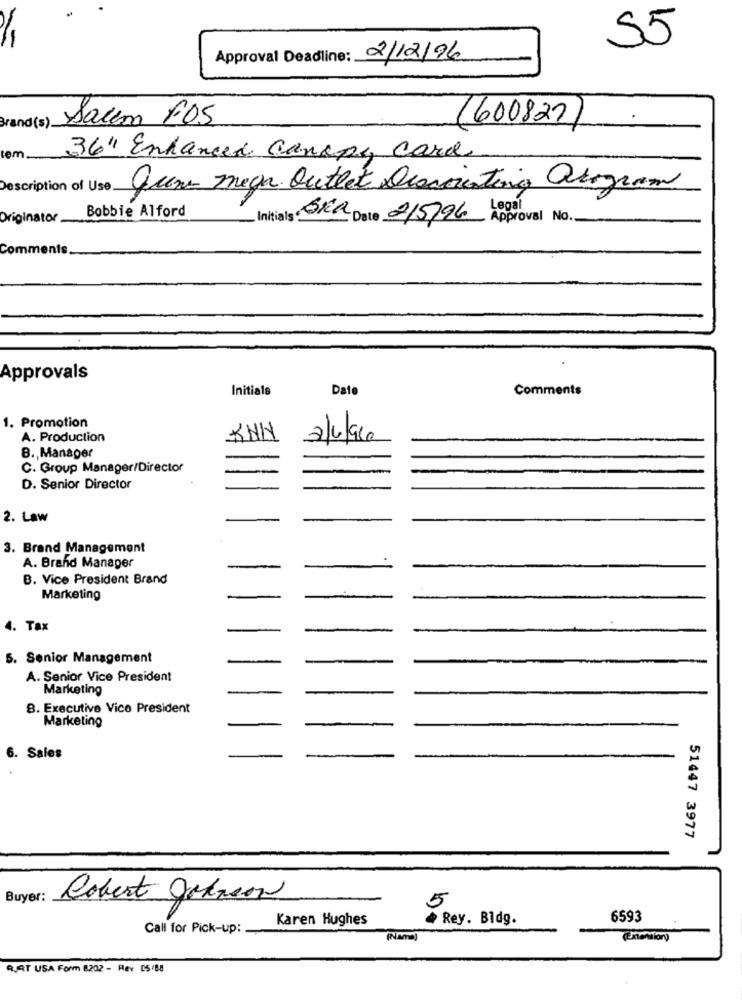
55
-
Approval Deadline: 2/12/96
Brand(s).
Salem FOS
(600827)
tem.
36" Enhanced Canapy Card
Description of Use.
queme mega Outlet Discristing arogram
Bobbie Alford
Originator
Initials : Ora Date 215/96 Approval No.
Comments.
Approvals
Initials
Date
Comments
1. Promotion
A. Production
KNN
2/6/960
B. Manager
C. Group Manager/Director
-
D. Senior Director
2. Law
3. Brand Management
A. Brand Manager
B. Vice President Brand
Marketing
4. Tax
5. Senior Management
A. Senior Vice President
Marketing
8. Executive Vice President
Marketing
6. Sales
51447 3977
Buyer:
Robert Johnson
5
Karen Hughes
Rey. Bldg.
6593
Call for Pick-up:
(Name)
(Extension)
QUAT USA Form 8202 - Rev 05/88